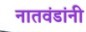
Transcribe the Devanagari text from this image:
नातवंडांनी